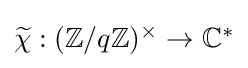
{\textstyle {\widetilde {\chi }}:(\mathbb {Z} /q\mathbb {Z} )^{\times }\to \mathbb {C} ^{*}}